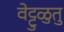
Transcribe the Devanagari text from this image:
वेट्टुळुतु